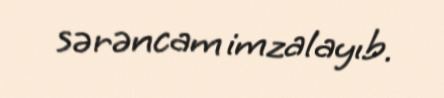
sərəncam imzalayıb.